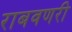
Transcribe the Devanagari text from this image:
राबवणरी